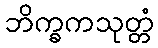
ဘိက္ခကသုတ္တံ